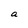
Character: a